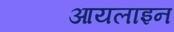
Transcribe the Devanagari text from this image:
आयलाइन